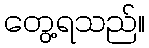
တွေ့ရသည်။